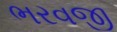
ભરવજી